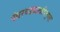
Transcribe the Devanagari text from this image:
पंधरवड्यालापितृपक्ष